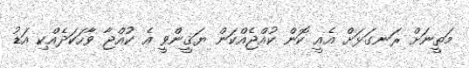
މަތީނަށް ރަނގަޅަށް އެއީ ކޮން ކުއްޖެއްކަން ޔަޤީންވީ އެ ކުއްޖާ ވާހަކަދެއްކި އަޑު